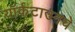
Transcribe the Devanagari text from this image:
यॉर्कटाउनचे